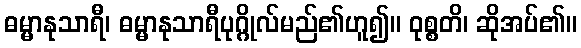
ဓမ္မာနုသာရီ၊ ဓမ္မာနုသာရီပုဂ္ဂိုလ်မည်၏ဟူ၍။ ဝုစ္စတိ၊ ဆိုအပ်၏။